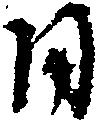
日